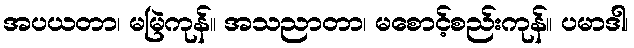
အပယတာ၊ မမြဲကုန်။ အသညာတာ၊ မစောင့်စည်းကုန်။ ပမာဒါ၊